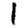
Digit: 1